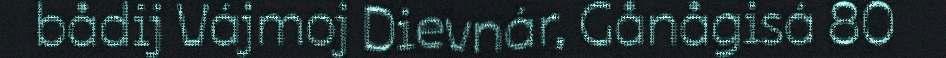
bådij Vájmoj Dievnár, Gånågisá 80